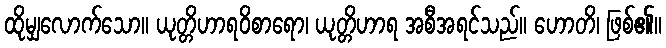
ထိုမျှလောက်သော။ ယုတ္တိဟာရဝိစာရော၊ ယုတ္တိဟာရ အစီအရင်သည်။ ဟောတိ၊ ဖြစ်၏။